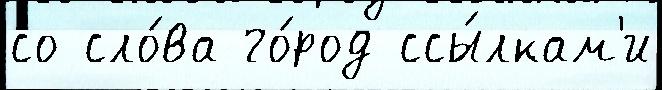
со сло́ва го́род ссы́лкам'и